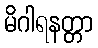
မိဂါရနတ္တာ